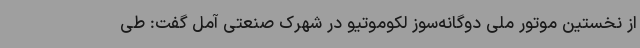
از نخستین موتور ملی دوگانه‌سوز لکوموتیو در شهرک صنعتی آمل گفت: طی